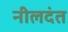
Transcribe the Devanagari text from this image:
नीलदंत